Virumaa_algkoolid, lk 22
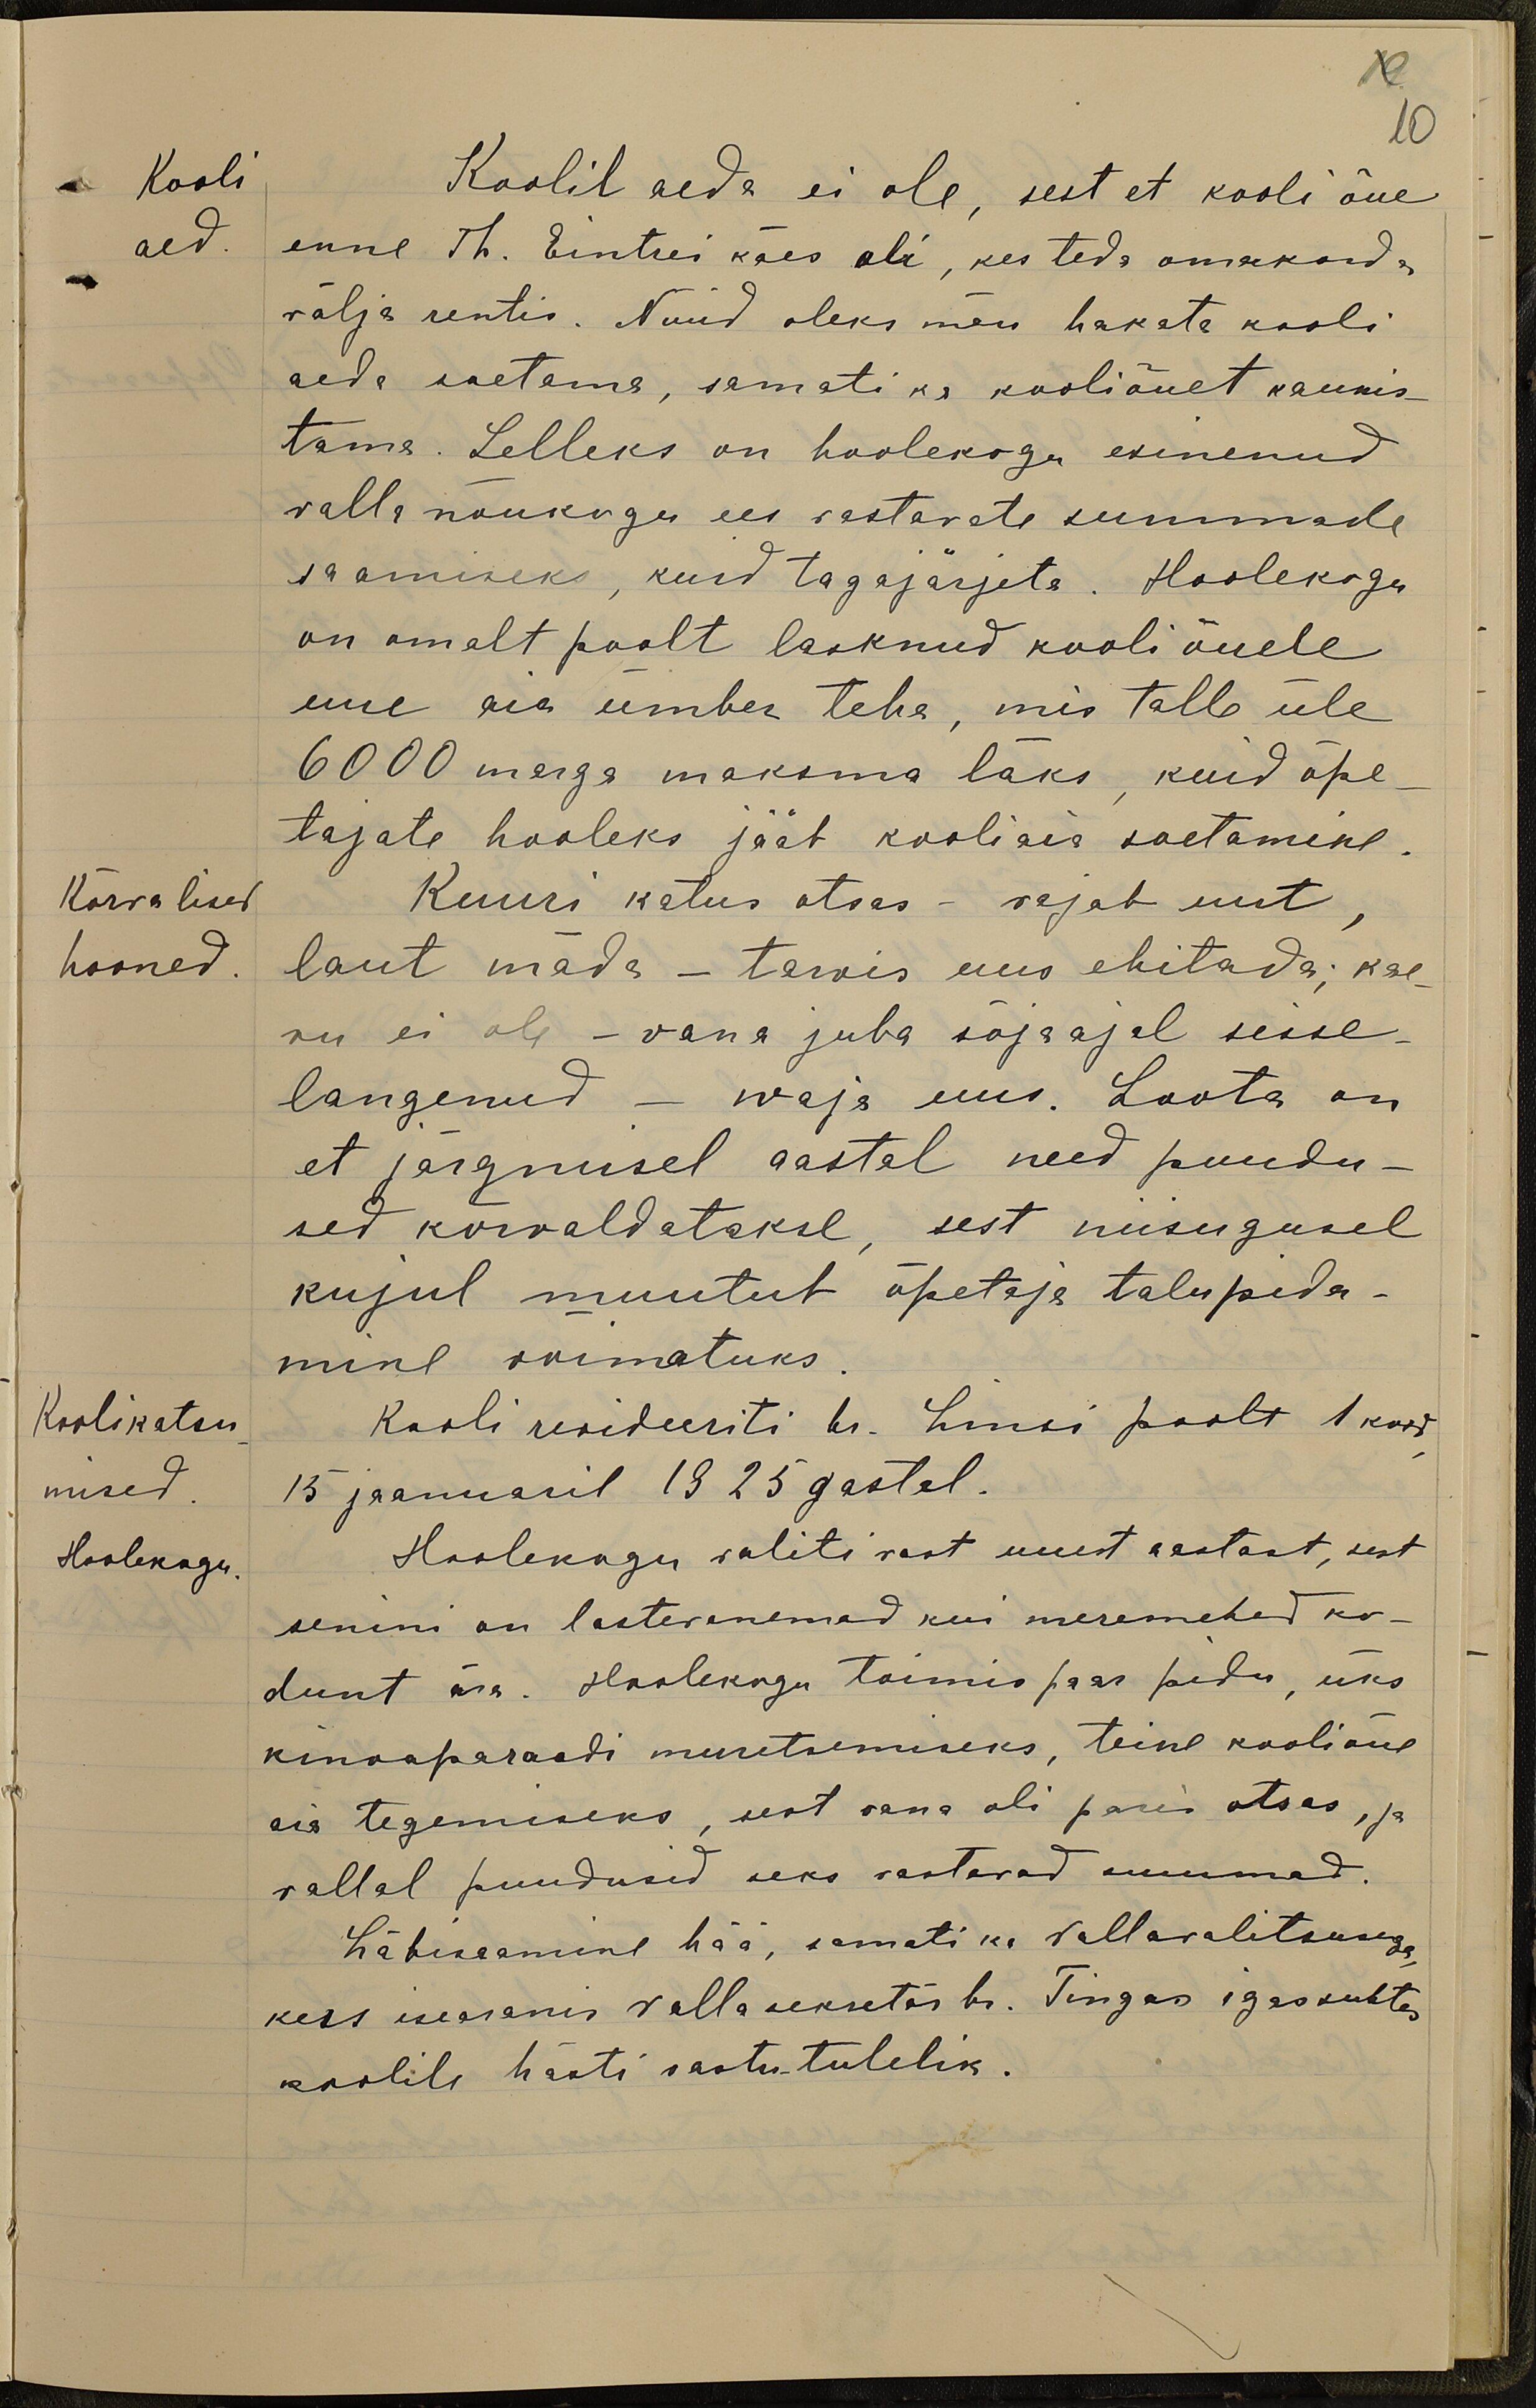
19
10
Kooli
Koolil aeda ei ole, sest et kooli õue
aed.
enne Th. Eintrei käes oli, kes teda omakorda
välja rentis. Nüüd oleks meie hakata kooli
aeda soetama, samati ka kooliõuet kaunis-
tama. Selleks on hoolekogu esinenud
valla nõukogu ees vastavate summade
saamiseks, kuid tagajärjeta. Hoolekogu
on omalt poolt lasknud kooli õuele
uue aia ümber teha, mis talle üle
6000 marga maksma läks, kuid õpe-
tajate hooleks jääb kooliaia soetamine.
Kõrvalised
Kuuri katus otsas - vajab uut
hooned
laut mäda - tarvis uus ehitada; kae-
vu ei ole - vana juba sõja ajal sisse-
langenud - waja uus. Loota on
et järgmisel aastal need puudu-
sed kõrvaldatakse, sest niisugusel
kujul muutub õpetaja talupida-
mine võimatuks.
Koolikatsu-
Kooli revideeriti hr. Linsi poolt 1 kord
mised
15 jaanuaril 1925 gastal.
Hoolekogu
Hoolekogu valiti vast uuest aastast, sest
senini on lastevanemad kui meremehed ko-
dunt ära. Hoolekogu toimis paar pidu, üks
kinoaparaadi muretsemiseks, teine kooliõue
aia tegemiseks, sest vana oli paris otsas, ja
vallal puudusid seks vastavad summad.
Läbisaamine hää, samati ka vallavalitsusega
kess iseäranis valla sekretäri hr. Tingas igassuhtes
koolile hästi vastutulelik.